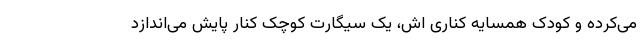
می‌کرده و کودک همسایه کناری اش، یک سیگارت کوچک کنار پایش می‌اندازد